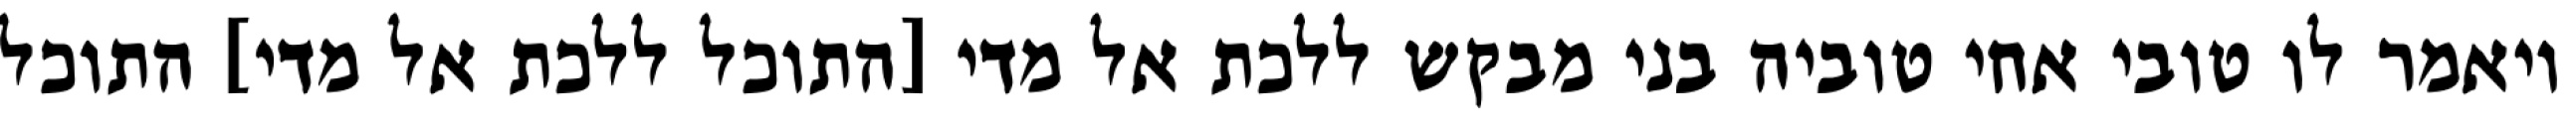
ויאמר לו טובי אחי טוביה בני מבקש ללכת אל מדי [התוכל ללכת אל מדי] התוכל